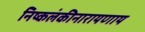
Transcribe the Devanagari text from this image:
निष्कलंकीनारायणाय